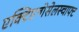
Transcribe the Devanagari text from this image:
एक्टिएन्गेसेलस्चाफ्ट